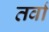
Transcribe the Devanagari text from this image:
तर्वा